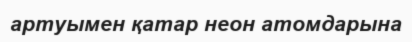
артуымен қатар неон атомдарына